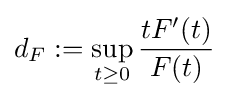
d_{F}:=\sup _{t\geq 0}{\frac {tF'(t)}{F(t)}}